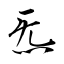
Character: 炁